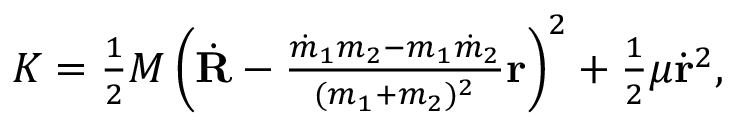
\begin{array} { r } { K = { \frac { 1 } { 2 } } M \left( \dot { \bf R } - \frac { \dot { m } _ { 1 } m _ { 2 } - m _ { 1 } \dot { m } _ { 2 } } { ( m _ { 1 } + m _ { 2 } ) ^ { 2 } } { \bf r } \right) ^ { 2 } + { \frac { 1 } { 2 } } \mu \dot { \bf r } ^ { 2 } , \quad } \end{array}